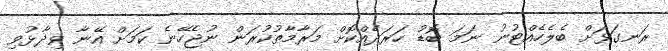
ރަނގަޅަށް ބެލެހެއްޓުނު ނަމަ ބޮޑު ހަރަދެއްކޮށް މަރާމާތުކުރަން ނުޖެހޭނެ ކަމަށް އޭނާ ވިދާޅުވި